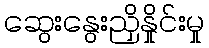
ဆွေးနွေးညှိနှိုင်းမှု